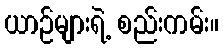
ယာဉ်များရဲ့ စည်းကမ်း။